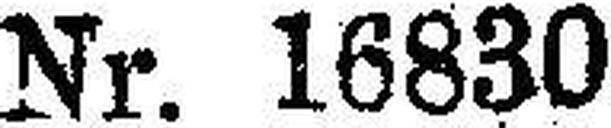
Nr. 16830